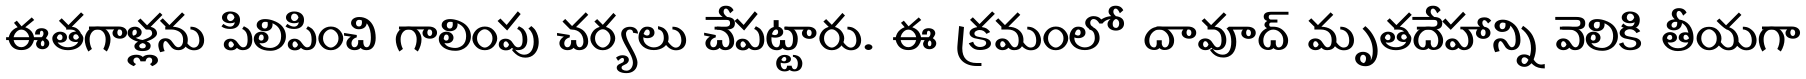
ఈతగాళ్లను పిలిపించి గాలింపు చర్యలు చేపట్టారు. ఈ క్రమంలో దావూద్ మృతదేహాన్ని వెలికి తీయగా